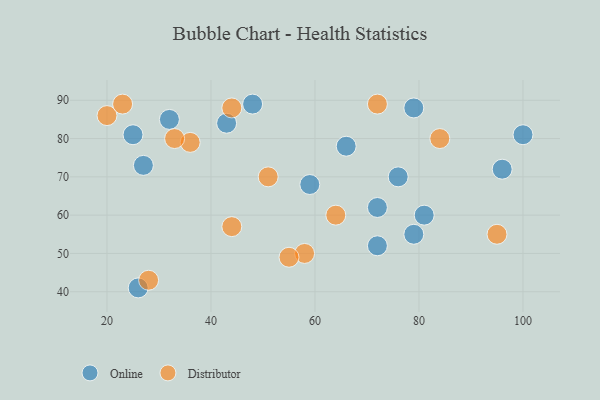
{"axis": {"x": "GDP", "y": "Life Expectancy"}, "legend": ["Distributor", "Online"], "data": [{"x": "76", "y": 70, "type": "Online"}, {"x": "72", "y": 62, "type": "Online"}, {"x": "66", "y": 78, "type": "Online"}, {"x": "79", "y": 88, "type": "Online"}, {"x": "25", "y": 81, "type": "Online"}, {"x": "32", "y": 85, "type": "Online"}, {"x": "72", "y": 52, "type": "Online"}, {"x": "79", "y": 55, "type": "Online"}, {"x": "48", "y": 89, "type": "Online"}, {"x": "100", "y": 81, "type": "Online"}, {"x": "26", "y": 41, "type": "Online"}, {"x": "59", "y": 68, "type": "Online"}, {"x": "43", "y": 84, "type": "Online"}, {"x": "96", "y": 72, "type": "Online"}, {"x": "27", "y": 73, "type": "Online"}, {"x": "81", "y": 60, "type": "Online"}, {"x": "64", "y": 60, "type": "Distributor"}, {"x": "20", "y": 86, "type": "Distributor"}, {"x": "28", "y": 43, "type": "Distributor"}, {"x": "51", "y": 70, "type": "Distributor"}, {"x": "36", "y": 79, "type": "Distributor"}, {"x": "95", "y": 55, "type": "Distributor"}, {"x": "58", "y": 50, "type": "Distributor"}, {"x": "72", "y": 89, "type": "Distributor"}, {"x": "55", "y": 49, "type": "Distributor"}, {"x": "33", "y": 80, "type": "Distributor"}, {"x": "84", "y": 80, "type": "Distributor"}, {"x": "44", "y": 57, "type": "Distributor"}, {"x": "44", "y": 88, "type": "Distributor"}, {"x": "23", "y": 89, "type": "Distributor"}]}